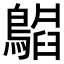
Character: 𬷪